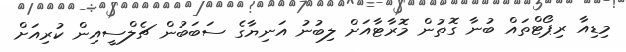
މިޑިއާ ރިޕޯޓްތައް ބުނާ ގޮތުން މޮރާޓާއަށް ލިބުނު އަނިޔާގެ ސަބަބުން ޗެލްސީއިން ކުރިއަށް